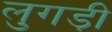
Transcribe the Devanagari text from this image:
लुगड़ी